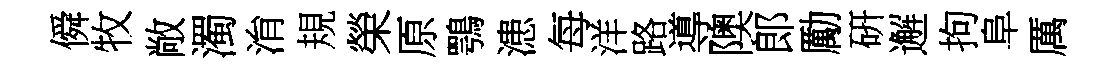
僢牧敞濁㳙規榮原鶚漶每洋路導隩郎勵硏邂拘阜厲